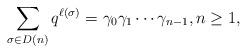
LaTeX: \begin{align*}\sum_{\sigma\in D(n)}q^{\ell(\sigma)} = \gamma_0 \gamma_1 \cdots \gamma_{n-1}, n \geq1, \end{align*}